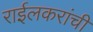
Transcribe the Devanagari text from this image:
राईलकरांची